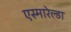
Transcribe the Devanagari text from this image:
एस्मारेल्डा